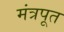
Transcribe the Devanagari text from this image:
मंत्रपूत